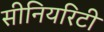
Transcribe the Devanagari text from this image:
सीनियरिटी